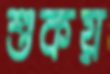
শুকয়